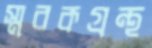
স্মরকগ্রন্থ